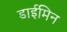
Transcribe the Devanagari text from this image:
डाईमिन